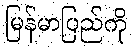
မြန်မာပြည်ကို